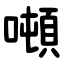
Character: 噸